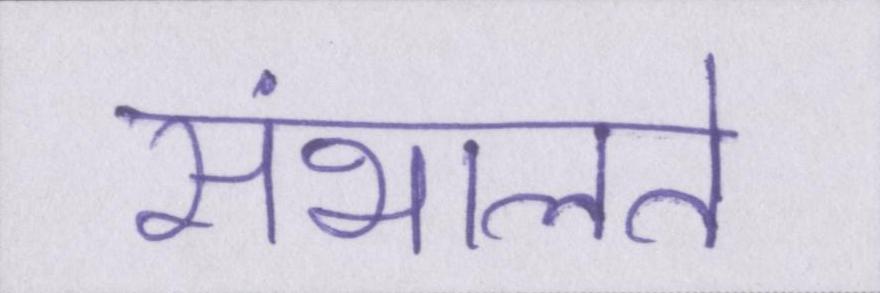
संभालते